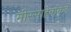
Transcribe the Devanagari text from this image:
मीरसाहेबांकडे